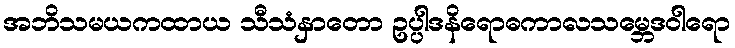
အဘိသမယကထာယ သီသံနှာတော ဥပ္ပါဒနိရောဓကာလသမ္ဘေဒဝါရော